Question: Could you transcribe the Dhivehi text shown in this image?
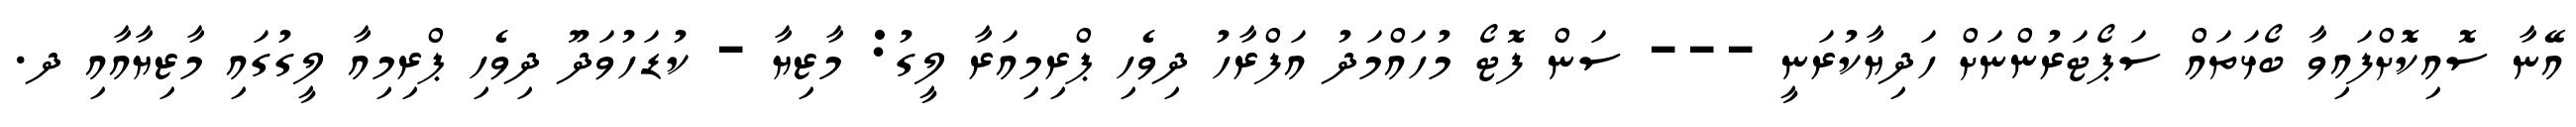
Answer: އޭނާ ސޮއިކޮށްފައިވާ ބޯޅަތައް ސަޕޯޓަރުންނަށް ހަދިޔާކުރަނީ --- ސަން ފޮޓޯ މުހައްމަދު އަފްރާހު ދިވެހި ޕްރިމިއަރާ ލީގު: މާޒިޔާ - ކުޑަހުވަދޫ ދިވެހި ޕްރިމިއާ ލީގުގައި މާޒިޔާއާއި ދ.